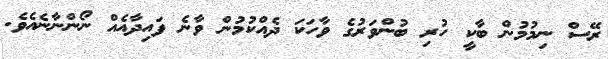
ރޭސް ނިމުމުން ބާކީ ހުރި ބުންވަރުގެ ވާހަކަ ދެއްކުމުން ވާނެ ފައިދާއެއް ނޯންނާނެއެވެ.